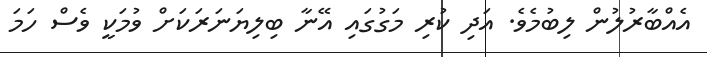
އެއްބާރުލުން ލިބުމެވެ. އަދި ކުރި މަގުގައި އޭނާ ބިލިޔަނަރަކަށް ވުމަކީ ވެސް ހަމަ